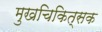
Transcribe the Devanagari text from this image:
मुखचिकित्सक